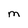
Character: m